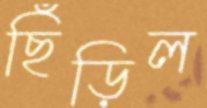
ছিঁড়িল